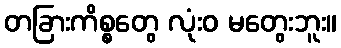
တခြားကိစ္စတွေ လုံးဝ မတွေးဘူး။